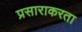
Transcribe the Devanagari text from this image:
प्रसाराकरता